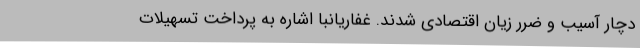
دچار آسیب و ضرر زیان اقتصادی شدند. غفاریانبا اشاره به پرداخت تسهیلات